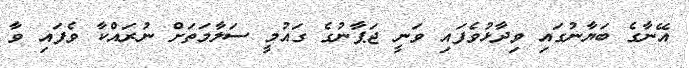
އޭނާގެ ބަޔާނުގައި ވިދާޅުވެފައި ވަނީ ޖަޕާނުގެ ގައުމީ ސަލާމަތަށް ނުރައްކާ ވެފައި ވާ